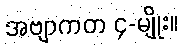
အဗျာကတ ၄-မျိုး။